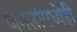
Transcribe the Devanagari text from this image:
जंगलांमध्येही